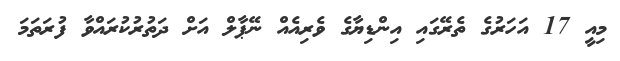
މިއީ 17 އަހަރުގެ ތެރޭގައި އިންޑިޔާގެ ވެރިއެއް ނޭޕާލް އަށް ދަތުރުކުރައްވާ ފުރަތަމަ